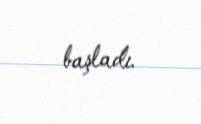
başladı.